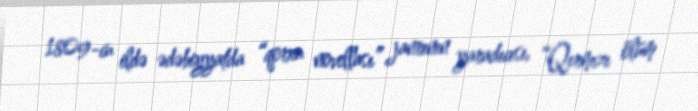
1809-cu ildə ədəbiyyatda “qorxu novellası” janrının yaradıcısı, “Qırmızı ölüm